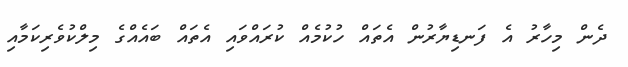
ދެން މިހާރު އެ ފަނޑިޔާރުން އެތައް ހުކުމެއް ކުރައްވައި އެތައް ބައެއްގެ މިލްކުވެރިކަމާއި